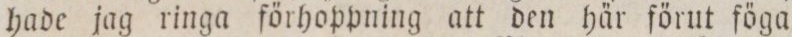
hade jag ringa förhoppning att den här förut föga